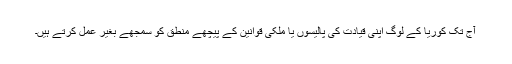
آج تک کوریا کے لوگ اپنی قیادت کی پالیسوں یا ملکی قوانین کے پیچھے منطق کو سمجھے بغیر عمل کرتے ہیں۔